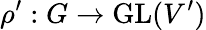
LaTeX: \rho^{\prime}:G\to{\mathrm{GL}}(V^{\prime})